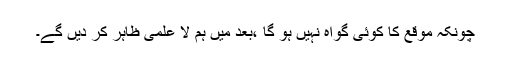
چونکہ موقع کا کوئی گواہ نہیں ہو گا ،بعد میں ہم لا علمی ظاہر کر دیں گے۔